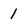
Character: 1